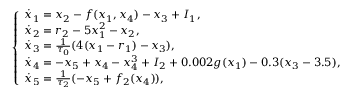
\left\{ \begin{array} { l l } { \dot { x } _ { 1 } = x _ { 2 } - f ( x _ { 1 } , x _ { 4 } ) - x _ { 3 } + I _ { 1 } , } \\ { \dot { x } _ { 2 } = r _ { 2 } - 5 x _ { 1 } ^ { 2 } - x _ { 2 } , } \\ { \dot { x } _ { 3 } = \frac { 1 } { \tau _ { 0 } } ( 4 ( x _ { 1 } - r _ { 1 } ) - x _ { 3 } ) , } \\ { \dot { x } _ { 4 } = - x _ { 5 } + x _ { 4 } - x _ { 4 } ^ { 3 } + I _ { 2 } + 0 . 0 0 2 g ( x _ { 1 } ) - 0 . 3 ( x _ { 3 } - 3 . 5 ) , } \\ { \dot { x } _ { 5 } = \frac { 1 } { \tau _ { 2 } } ( - x _ { 5 } + f _ { 2 } ( x _ { 4 } ) ) , } \end{array} \right.